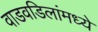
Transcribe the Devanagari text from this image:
वाडवडिलांमध्ये